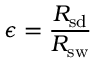
\epsilon = { \frac { R _ { \mathrm { s d } } } { R _ { \mathrm { s w } } } }